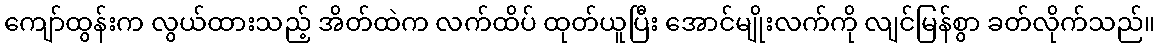
ကျော်ထွန်းက လွယ်ထားသည့် အိတ်ထဲက လက်ထိပ် ထုတ်ယူပြီး အောင်မျိုးလက်ကို လျင်မြန်စွာ ခတ်လိုက်သည်။